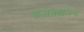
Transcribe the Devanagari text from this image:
इंजेक्शनेच